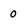
Character: 0